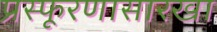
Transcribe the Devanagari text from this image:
प्रस्फूरणासारखा